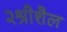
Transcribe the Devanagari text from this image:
२श्रीशैल